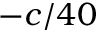
- c / 4 0